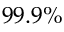
9 9 . 9 \%